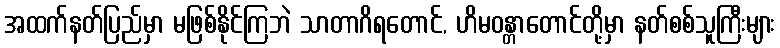
အထက်နတ်ပြည်မှာ မဖြစ်နိုင်ကြဘဲ သာတာဂိရတောင်, ဟိမဝန္တာတောင်တို့မှာ နတ်စစ်သူကြီးများ